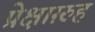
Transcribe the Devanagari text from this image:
प्रेक्षाग़्रुह